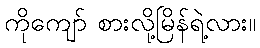
ကိုကျော် စားလို့မြိန်ရဲ့လား။